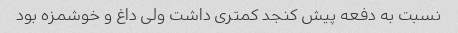
نسبت به دفعه پیش کنجد کمتری داشت ولی داغ و خوشمزه بود